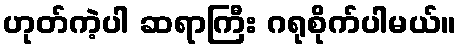
ဟုတ်ကဲ့ပါ ဆရာကြီး ဂရုစိုက်ပါမယ်။